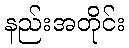
နည်းအတိုင်း